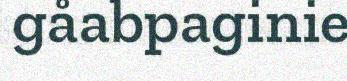
gåabpaginie